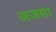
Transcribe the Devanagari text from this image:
जजमा